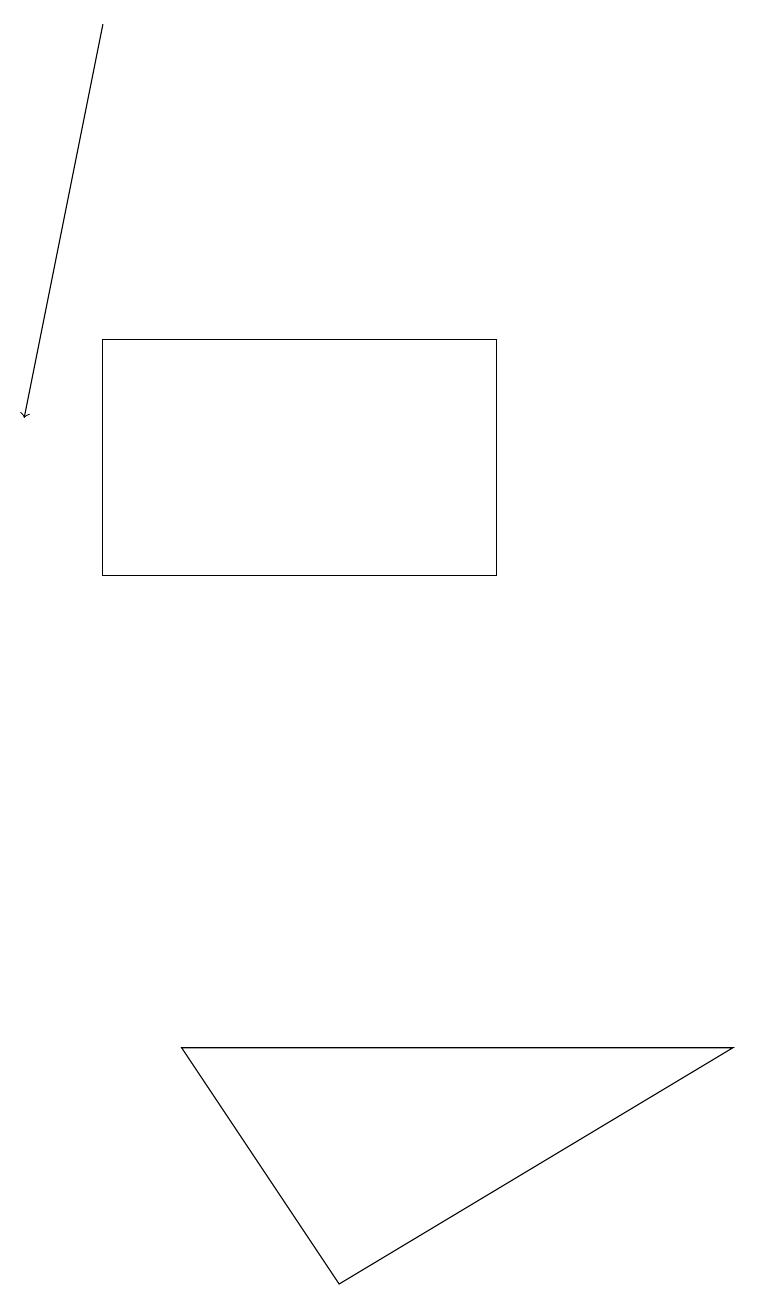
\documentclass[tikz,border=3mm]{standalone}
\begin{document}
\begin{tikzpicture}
\draw (9,5) -- (2,5) -- (4,2) -- cycle;
\draw (6,14) rectangle (1,11);
\draw[->] (1,18) -- (0,13);
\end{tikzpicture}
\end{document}